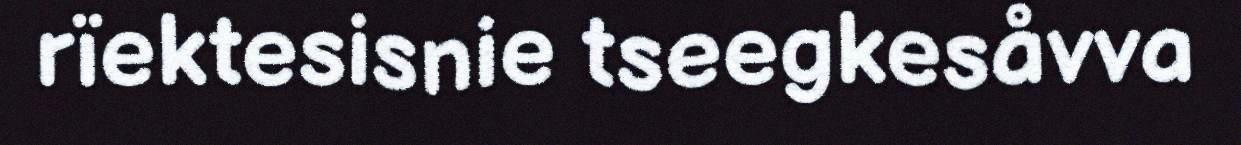
rïektesisnie tseegkesåvva